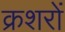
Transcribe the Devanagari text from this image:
क्रशरों